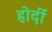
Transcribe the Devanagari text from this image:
होर्दी